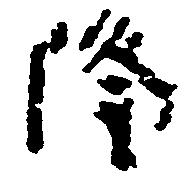
隆